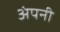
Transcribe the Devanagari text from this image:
अंपनी